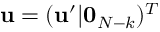
\mathbf { u } = ( \mathbf { u } ^ { \prime } | \mathbf { 0 } _ { N - k } ) ^ { T }